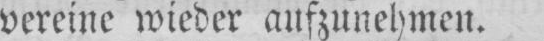
vereine wieder aufzunehmen.